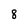
Character: 8